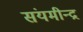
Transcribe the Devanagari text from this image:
संयमीन्द्र